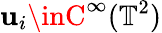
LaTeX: \mathbf{u}_{i}\inC^{\infty}(\mathbb{{T}}^{2})